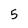
Character: 5